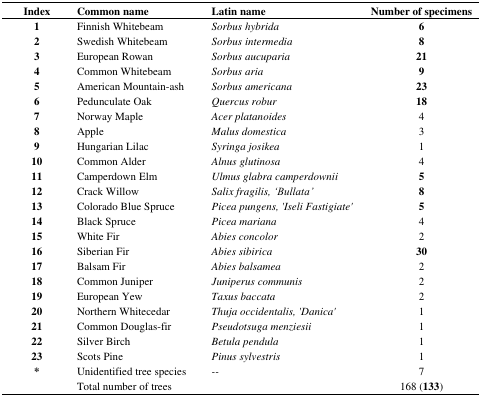
| Index | Common name | Latin name | Number of specimens |
 | --- | --- | --- | --- |
 | 1 | Finnish Whitebeam | Sorbus hybrida | 6 |
 | 2 | Swedish Whitebeam | Sorbus intermedia | 8 |
 | 3 | European Rowan | Sorbus aucuparia | 21 |
 | 4 | Common Whitebeam | Sorbus aria | 9 |
 | 5 | American Mountain-ash | Sorbus americana | 23 |
 | 6 | Pedunculate Oak | Quercus robur | 18 |
 | 7 | Norway Maple | Acer platanoides | 4 |
 | 8 | Apple | Malus domestica | 3 |
 | 9 | Hungarian Lilac | Syringa josikea | 1 |
 | 10 | Common Alder | Alnus glutinosa | 4 |
 | 11 | Camperdown Elm | Ulmus glabra camperdownii | 5 |
 | 12 | Crack Willow | Salix fragilis, ‘Bullata’ | 8 |
 | 13 | Colorado Blue Spruce | Picea pungens, ‘Iseli Fastigiate’ | 5 |
 | 14 | Black Spruce | Picea mariana | 4 |
 | 15 | White Fir | Abies concolor | 2 |
 | 16 | Siberian Fir | Abies sibirica | 30 |
 | 17 | Balsam Fir | Abies balsamea | 2 |
 | 18 | Common Juniper | Juniperus communis | 2 |
 | 19 | European Yew | Taxus baccata | 2 |
 | 20 | Northern Whitecedar | Thuja occidentalis, ‘Danica’ | 1 |
 | 21 | Common Douglas-fir | Pseudotsuga menziesii | 1 |
 | 22 | Silver Birch | Betula pendula | 1 |
 | 23 | Scots Pine | Pinus sylvestris | 1 |
 | * | Unidentified tree species | -- | 7 |
 |  | Total number of trees |  | 168 (133) |